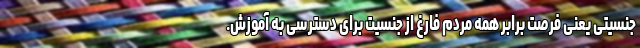
جنسیتی یعنی فرصت برابر همه مردم فارغ از جنسیت برای دسترسی به آموزش.